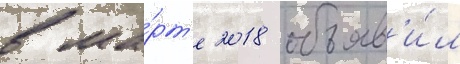
в ма́рт'е 2018 объяв'и́л